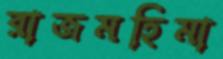
রাজমহিমা